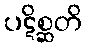
ပဋိစ္ဆတိ